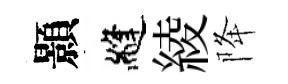
顥縫綾降